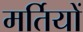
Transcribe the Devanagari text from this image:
मर्तियों